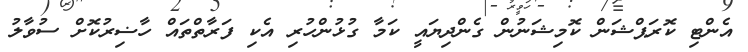
އެންޓި ކޮރަޕްޝަން ކޮމިޝަނުން ގެންދިޔައީ ކަމާ ގުޅުންހުރި އެކި ފަރާތްތައް ހާޟިރުކޮށް ސުވާލު